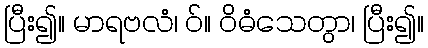
ပြီး၍။ မာရဗလံ၊ ဝ်။ ဝိဓံသေတွာ၊ ပြီး၍။